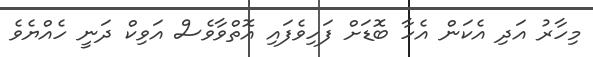
މިހާރު އަދި އެކަން އެހާ ބޮޑަށް ފަހިވެފައި އޮތްވާވެސް އަވިކް ދަނީ ހެއްޔެވެ